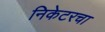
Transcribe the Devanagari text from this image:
निकेटरचा